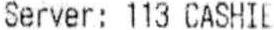
SERVER: 113 CASHIE